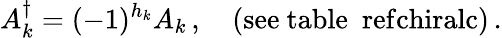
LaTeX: A_{k}^{\dagger}=(-1)^{h_{k}}A_{k}\, ,\quad\mathrm{(see~table~\ ref{chiralc})}\, .